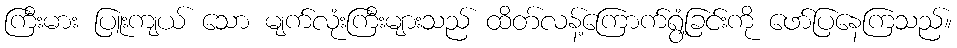
ကြီးမား ပြူးကျယ် သော မျက်လုံးကြီးများသည် ထိတ်လန့်ကြောက်ရွံ့ခြင်းကို ဖော်ပြနေကြသည်။